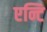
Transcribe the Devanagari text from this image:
एन्टि